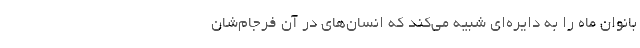
بانوان ماه را به دايره‌اي شبيه مي‌كند كه انسان‌هاي در آن فرجام‌شان